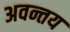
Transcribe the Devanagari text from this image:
अवन्तय